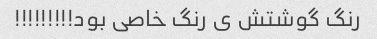
رنگ گوشتش ی رنگ خاصی بود!!!!!!!!!